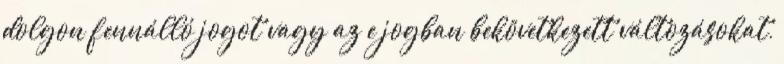
dolgon fennálló jogot vagy az e jogban bekövetkezett változásokat,